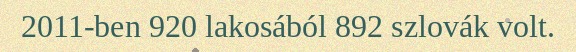
2011-ben 920 lakosából 892 szlovák volt.